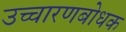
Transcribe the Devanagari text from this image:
उच्चारणबोधक